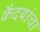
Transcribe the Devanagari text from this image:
कैदयांचा